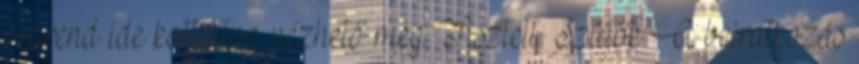
órarend ide kattintva nézhető meg. Tisztelt Szülők A beiratkozás